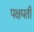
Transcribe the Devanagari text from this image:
पक्षघती